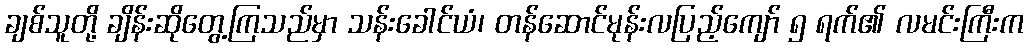
ချစ်သူတို့ ချိန်းဆိုတွေ့ကြသည်မှာ သန်းခေါင်ယံ၊ တန်ဆောင်မုန်းလပြည့်ကျော် ၅ ရက်၏ လမင်းကြီးက